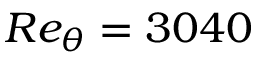
R e _ { \theta } = 3 0 4 0